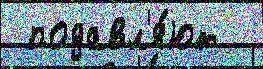
 подавл'я́ют